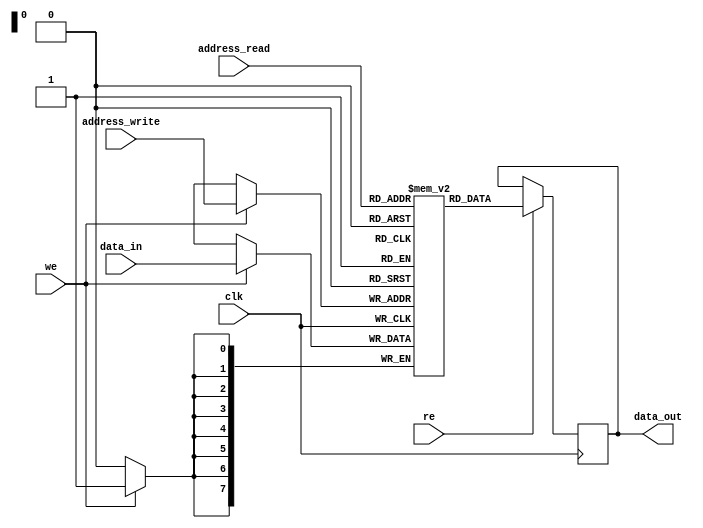
/* This program is free software: you can redistribute it and/or modify
   it under the terms of the GNU General Public License as published by
   the Free Software Foundation, either version 3 of the License, or
   (at your option) any later version.

   This program is distributed in the hope that it will be useful,
   but WITHOUT ANY WARRANTY; without even the implied warranty of
   MERCHANTABILITY or FITNESS FOR A PARTICULAR PURPOSE.  See the
   GNU General Public License for more details.

   You should have received a copy of the GNU General Public License
   along with this program.  If not, see <http://www.gnu.org/licenses/>.
   
   Email : semiconductors@varkongroup.com
   Tel   : 1-732-447-8611
   
*/
module DP_RAM (clk,we,re,address_read,address_write,data_in,data_out);

parameter address_width=8;
parameter data_width=8;
parameter num_words=205;

input clk,we,re;
input [address_width-1:0] address_read,address_write;
input [data_width-1:0] data_in;
output [data_width-1:0] data_out;

reg [data_width-1:0] data_out;
reg [data_width-1:0] mem [0:num_words-1];

integer		i;
	initial
	begin
		for (i=0;i<num_words;i=i+1)
			mem[i] = 0;
	end 

always @ (posedge(clk))
begin
	if (we==1'b1)
		begin
			mem[address_write]<= data_in;
		end
	if (re==1'b1)
		begin
			data_out<=mem[address_read];
		end
end

endmodule